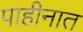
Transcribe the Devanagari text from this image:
पाहीनात